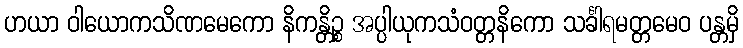
ဟယာ ဝါယောကသိဏမေကော နိကန္တိဉ္စ အပ္ပါယုကသံဝတ္တနိကော သင်္ခါရမတ္တမေဝ ပန္တမှိ